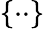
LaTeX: \{ \cdot\cdot\}